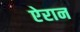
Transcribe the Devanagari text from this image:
ऐरान